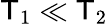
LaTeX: \mathsf{T}_{1}\ll\mathsf{T}_{2}